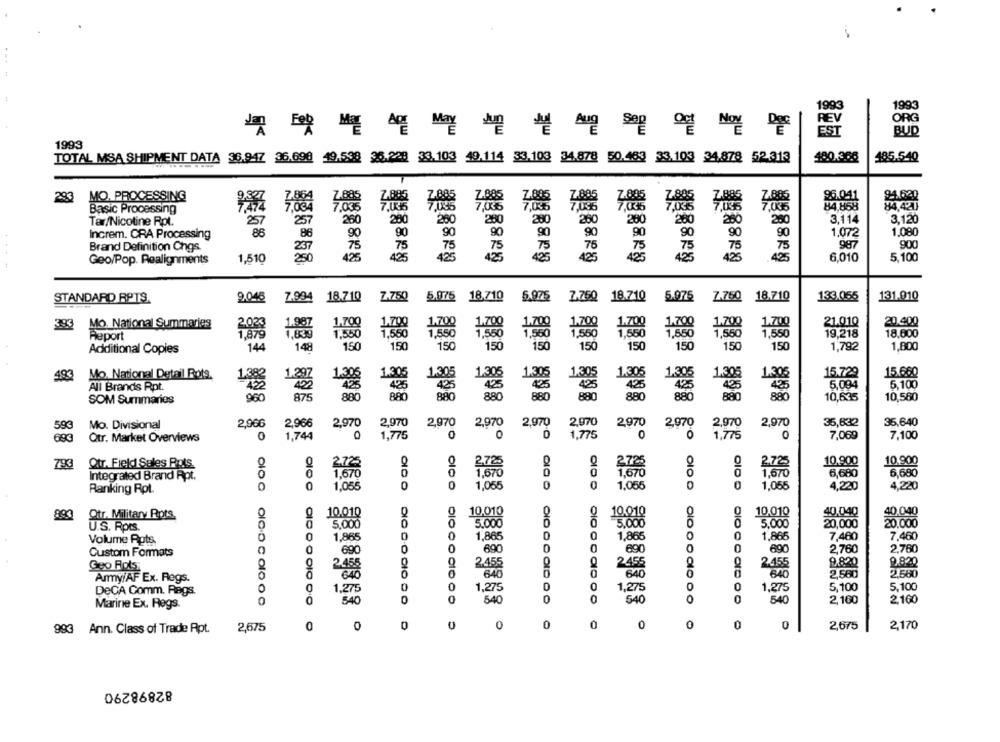
1
m&
1993
1993
ORG
REV
EST
BUD
1993
TOTAL MSA SHIPMENT DATA 36.947 36.698 49.538 36.228 33.103 49.114 33.103 34.878 50.483 33.103 34.878 52.313
185.540
293
MO. PROCESSING
94.621
84.427
Basic Processing
Tar/Nicotine Rpt.
257
257
250
200
200
280
280
200
200
200
260
280
3,114
3.120
90
1.072
1.080
Increm. CRA Processing
88
86
90
90
90
90
90
987
900
Brand Definition Chgs.
1,510
425
6,010
5,100
Geo/Pop. Realignments
Z.750
5.075 18.710
6.975
7.750
18.710
5.075
18.710
133.055
131.010
STANDARD RPTS.
9.048
Z-994
18.710
Z.760
393
Mo. National Summaries
1.700
1.200
21.010
20.400
1.20
19.218
18,600
Report
1.380
1,550
1.560
1,550
144
148
150
150
150
150
150
150
150
150
150
1,792
1,800
Additional Copies
493
Mo. National Detail Rots.
1.30
1.305
1.305
1,305
1.305
1.305
1.305
15.729
15.660
1.305
5,004
5,100
All Brands Rpt.
425
425
SOM Summaries
950
875
880
BAĞ
880
880
880
10,635
10,560
Mo. Divisional
2.90G
2,966
2,970
2,970
2,970
2,970
2.970
2,970
2.970
2,970
35,632
35,640
593
2,970
Qtr. Market Overviews
0
1,744
1,775
0
O
0
0
1,775
0
7,069
7,100
693
10.900
793
Otr. Field Sales Pots.
2.725
2.725
10.900
1,670
6,680
6,680
Integrated Brand Rpt.
1,670
1,670
Ranking Rot
1,055
0
1,055
0
1,066
0
1,055
4,220
4,220
0
0
0
40,040
893
Otr. Military Rots.
10.010
10,010
10,010
5,000
5.000
19.818
0
5.000
20.000
U.S. Rpts.
0
0
0
20,000
Volume Rots.
1,865
1,865
1,865
0
1,865
7,460
7,460
0
690
0
690
690
2,760
2,760
Custom Formats
690
2455
0
2.455
9.820
Geo Rots
2.455
2.455
9.820
Army/AF Ex. Regs.
640
640
B40
2,500
21560
0
1,275
0
0
-
5,100
5,100
DeCA Comm. Rags.
1.275
1,275
0
540
0
540
0
540
540
2.160
2.160
Marine Ex. Regs.
0
993 Ann. Class of Trade Apt.
2,675
0
0
0
0
0
0
0
2,675
2,170
82898290